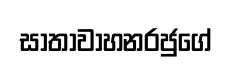
සාතාවාහනරජුගේ